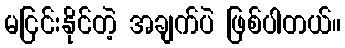
မငြင်းနိုင်တဲ့ အချက်ပဲ ဖြစ်ပါတယ်။